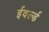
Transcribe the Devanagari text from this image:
ईवर्ल्ड